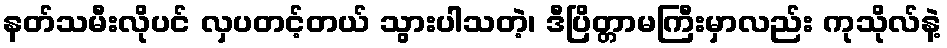
နတ်သမီးလိုပင် လှပတင့်တယ် သွားပါသတဲ့၊ ဒီပြိတ္တာမကြီးမှာလည်း ကုသိုလ်နဲ့